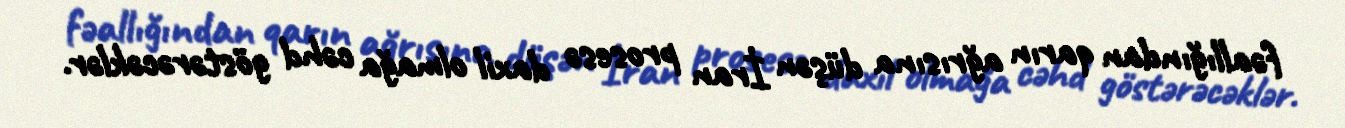
fəallığından qarın ağrısına düşən İran prosesə daxil olmağa cəhd göstərəcəklər.